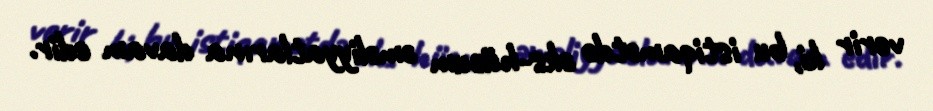
verir ki, bu istiqamətdə əks-hücum əməliyyatlarına davam edir.